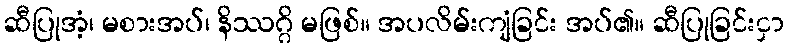
ဆီပြုအံ့၊ မစားအပ်၊ နိဿဂ္ဂိ မဖြစ်။ အပလိမ်းကျံခြင်း အပ်၏။ ဆီပြုခြင်းငှာ